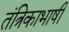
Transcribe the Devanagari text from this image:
तंत्रिकाभाषी